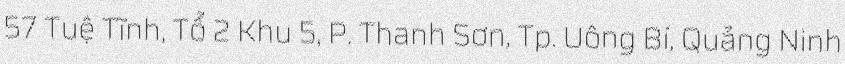
57 Tuệ Tĩnh, Tổ 2 Khu 5, P. Thanh Sơn, Tp. Uông Bí, Quảng Ninh